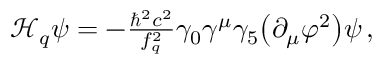
\begin{array} { r } { \mathcal { H } _ { q } \psi = - \frac { \hbar ^ { 2 } c ^ { 2 } } { f _ { q } ^ { 2 } } \gamma _ { 0 } \gamma ^ { \mu } \gamma _ { 5 } { \left( \partial _ { \mu } \varphi ^ { 2 } \right) } \psi \, , } \end{array}